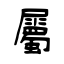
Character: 屬